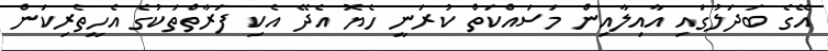
އޭގެ ބަދަލުގައި އާއިލާއިން މަސައްކަތް ކުރަނީ ހެޔޮ އެދޭ އެކި ފަރާތްތަކުގެ އެހީތެރިކަން